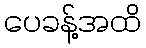
ပေခန့်အထိ